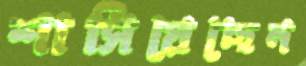
শাসিয়েছেন